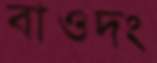
বাওদং